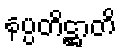
နပ္ပတိဋ္ဌာတိ